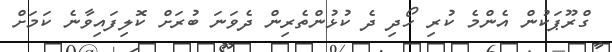
ގްރޫޕަކުން އެންމެ ކުރި ހޯދި ދެ ކުޅުންތެރިން ދެވަނަ ބުރަށް ކޮލިފައިވާނެ ކަމަށް